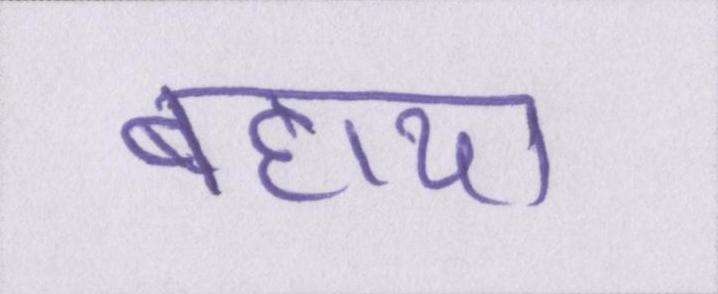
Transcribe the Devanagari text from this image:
बहाया